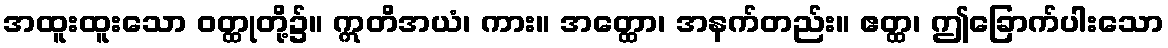
အထူးထူးသော ဝတ္ထုတို့၌။ ဣတိအယံ၊ ကား။ အတ္ထော၊ အနက်တည်း။ ဧတ္ထ၊ ဤခြောက်ပါးသော